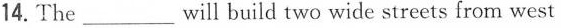
14.The ___will build two wide streets from west